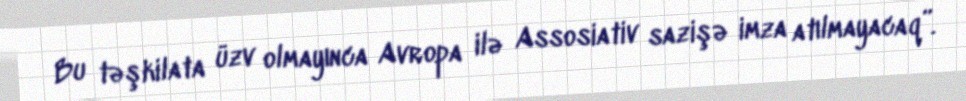
Bu təşkilata üzv olmayınca Avropa ilə Assosiativ sazişə imza atılmayacaq”.